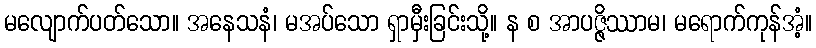
မလျောက်ပတ်သော။ အနေသနံ၊ မအပ်သော ရှာမှီးခြင်းသို့။ န စ အာပဇ္ဇိဿာမ၊ မရောက်ကုန်အံ့။